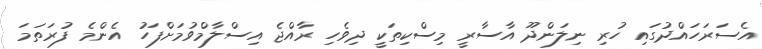
އެސަރަހައްދުގައި ހުރި ނިލަންދޫ އާސާރީ މިސްކިތަކީ ދިވެހި ރާއްޖެ އިސްލާމްވުމަށްފަހު އެންމެ ފުރަތަމަ